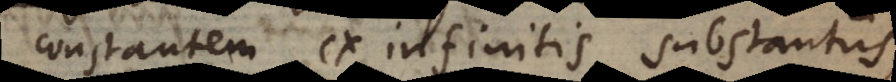
constantem ex infinitis substantiis,